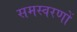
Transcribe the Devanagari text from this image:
समस्वरणों